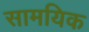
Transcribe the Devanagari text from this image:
सामयिक